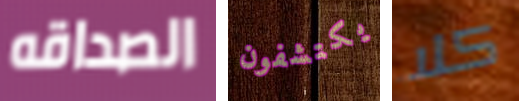
الصداقه يكتشفون كلا